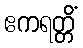
ဧကရတ္တိံ